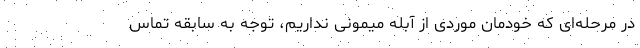
در مرحله‌ای که خودمان موردی از آبله میمونی نداریم، توجه به سابقه تماس